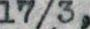
17/3,